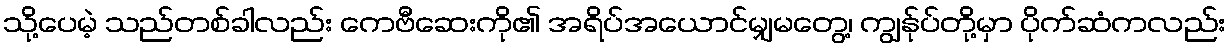
သို့ပေမဲ့ သည်တစ်ခါလည်း ကေဗီဆေးကို၏ အရိပ်အယောင်မျှမတွေ့၊ ကျွန်ုပ်တို့မှာ ပိုက်ဆံကလည်း